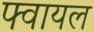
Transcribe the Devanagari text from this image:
फ्वायल